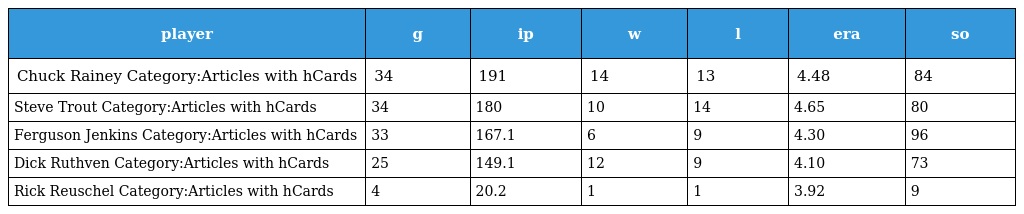
| player | g | ip | w | l | era | so |
 | --- | --- | --- | --- | --- | --- | --- |
 | Chuck Rainey Category:Articles with hCards | 34 | 191 | 14 | 13 | 4.48 | 84 |
 | Steve Trout Category:Articles with hCards | 34 | 180 | 10 | 14 | 4.65 | 80 |
 | Ferguson Jenkins Category:Articles with hCards | 33 | 167.1 | 6 | 9 | 4.30 | 96 |
 | Dick Ruthven Category:Articles with hCards | 25 | 149.1 | 12 | 9 | 4.10 | 73 |
 | Rick Reuschel Category:Articles with hCards | 4 | 20.2 | 1 | 1 | 3.92 | 9 |